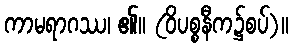
ကာမရာဂဿ၊ ၏။ (ဝိပစ္စနီက၌စပ်)။